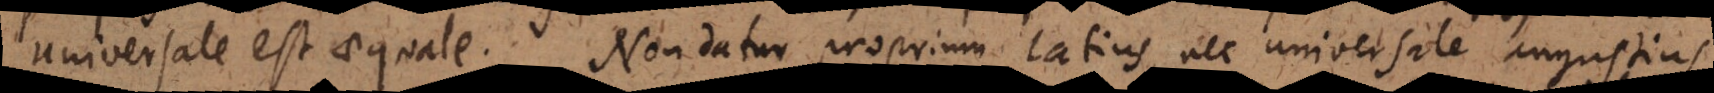
universale est aequale. Non datur proprium latius, nec universale angustius.